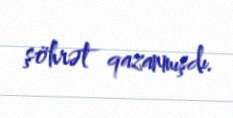
şöhrət qazanmışdı.